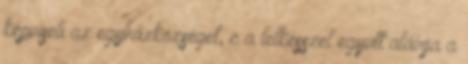
képviseli az egyházközséget, c a lelkésszel együtt aláírja a